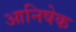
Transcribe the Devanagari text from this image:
आनिषेक